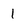
Character: 1